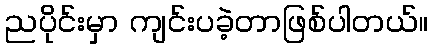
ညပိုင်းမှာ ကျင်းပခဲ့တာဖြစ်ပါတယ်။